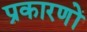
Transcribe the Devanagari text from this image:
प्रकारणों